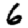
Digit: 6